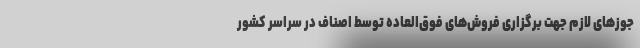
جوزهای لازم جهت برگزاری فروش‌های فوق‌العاده توسط اصناف در سراسر کشور